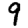
Digit: 9